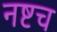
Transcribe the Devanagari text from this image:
नष्टच